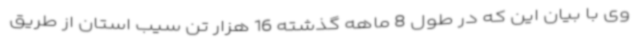
وی با بیان این که در طول 8 ماهه گذشته 16 هزار تن سیب استان از طریق